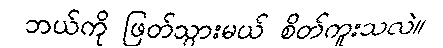
ဘယ်ကို ဖြတ်သွားမယ် စိတ်ကူးသလဲ။